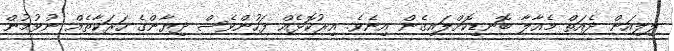
ލިލިއަން ދެއަތް މެއާލާ ބޮނޑިކޮށްލައިގެން އިނެވެ. އިރުކޮޅެއް ފަހުންވެސް ދިޔާންގެ ހަރަކާތެއް ނުވުމުން